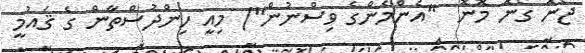
ޖޯނޮ ގޯނޮ މޮނޮ  "އެންމެންގެ ވިސްނުން") މިއީ ހިންދުސްތާން ގެ ޤައުމީ